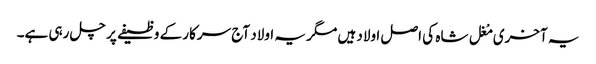
یہ آخری مْغل شاہ کی اصل اولاد ہیں مگر یہ اولاد آج سرکار کے وظیفے پر چل رہی ہے۔